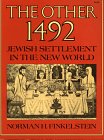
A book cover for The Other 1492: Jewish Settlement in the New World; Norman H. Finkelstein; Children's Books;